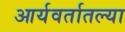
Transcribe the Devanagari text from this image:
आर्यवर्तातल्या